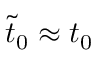
\tilde { t } _ { 0 } \approx t _ { 0 }